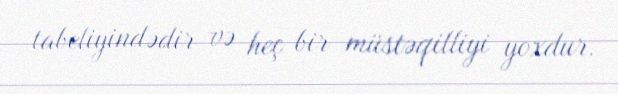
tabeliyindədir və heç bir müstəqilliyi yoxdur.